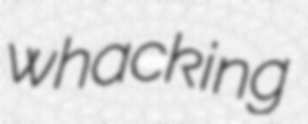
whacking